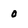
Character: 0